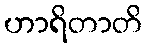
ဟာရိတာတိ